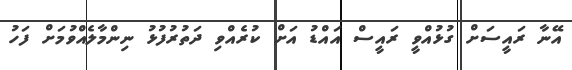
އޭނާ ރައީސަށް ގުޅުއްވީ ރައީސް އައްޑު އަށް ކުރެއްވި ދަތުރުފުޅު ނިންމާލެއްވުމަށް ފަހު